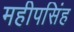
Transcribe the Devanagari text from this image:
महीपसिंह